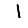
Digit: 1